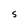
Character: S